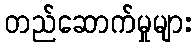
တည်ဆောက်မှုများ